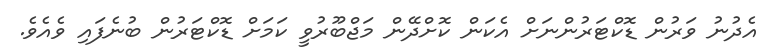
އެދުނު ވަރުން ޑޮކްޓަރުންނަށް އެކަން ކޮށްދޭން މަޖްބޫރުވީ ކަމަށް ޑޮކްޓަރުން ބުނެފައި ވެއެވެ.